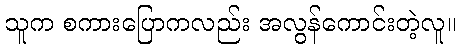
သူက စကားပြောကလည်း အလွန်ကောင်းတဲ့လူ။